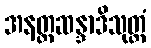
အနတ္တဆန္ဒာဒိသုတ္တံ